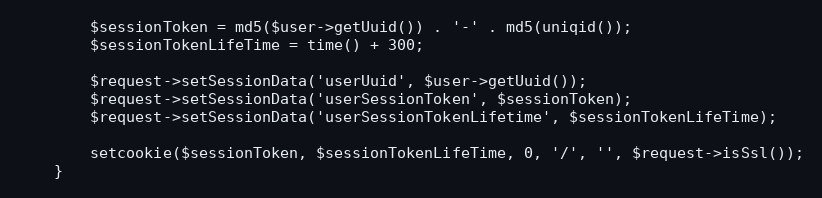
Language: PHP
        $sessionToken = md5($user->getUuid()) . '-' . md5(uniqid());
        $sessionTokenLifeTime = time() + 300;

        $request->setSessionData('userUuid', $user->getUuid());
        $request->setSessionData('userSessionToken', $sessionToken);
        $request->setSessionData('userSessionTokenLifetime', $sessionTokenLifeTime);

        setcookie($sessionToken, $sessionTokenLifeTime, 0, '/', '', $request->isSsl());
    }